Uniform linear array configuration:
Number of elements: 24
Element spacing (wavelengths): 0.5
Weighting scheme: binomial
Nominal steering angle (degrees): -30
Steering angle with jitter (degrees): -28.646
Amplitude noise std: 0.05
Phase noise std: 0.05

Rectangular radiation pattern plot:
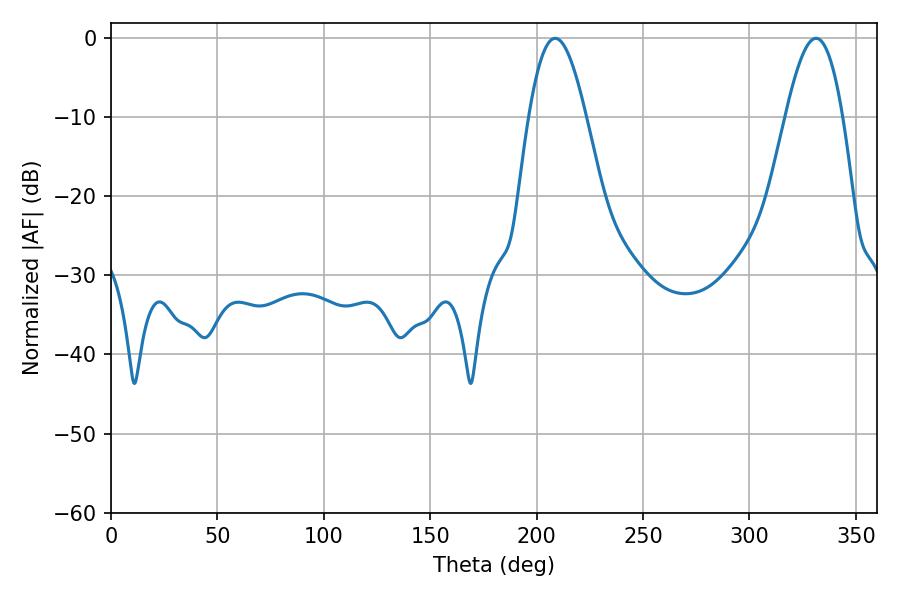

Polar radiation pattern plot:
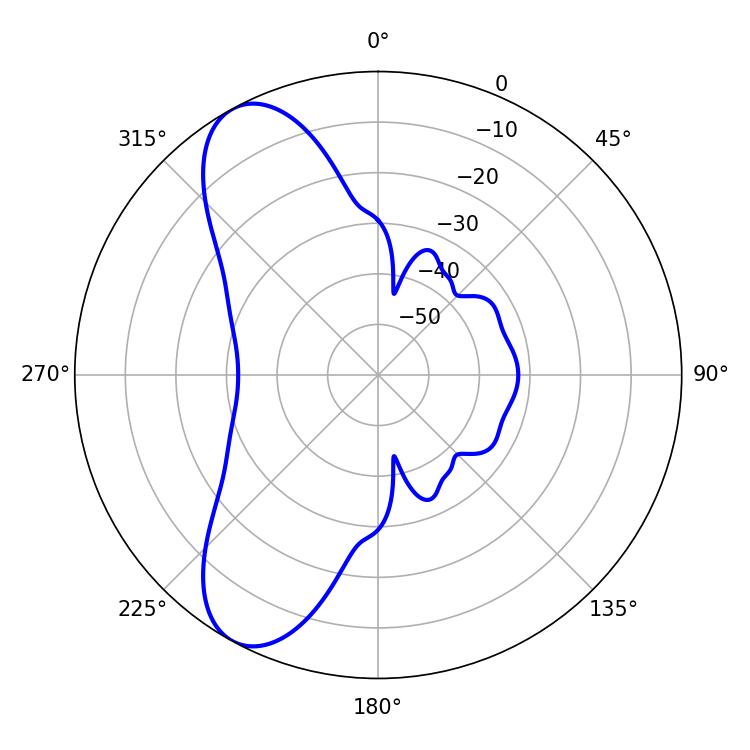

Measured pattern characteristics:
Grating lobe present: FALSE
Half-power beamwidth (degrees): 14.58
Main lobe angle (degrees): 208.8